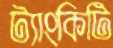
ট্যাংকিটি